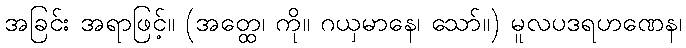
အခြင်း အရာဖြင့်။ (အတ္ထေ၊ ကို။ ဂယှမာနေ၊ သော်။) မူလပဒရဟဏေန၊